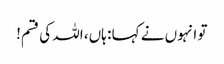
تو انہوں نے کہا : ہاں، اللہ کی قسم!